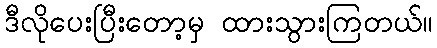
ဒီလိုပေးပြီးတော့မှ ထားသွားကြတယ်။